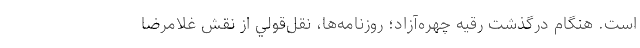
‌است. هنگام درگذشت رقيه چهره‌آزاد؛ روزنامه‌ها، نقل‌قولي از نقش غلامرضا